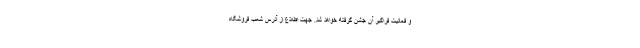
و فعالیت فراگیر آن جشن گرفته خواهد شد. جهت اطلاع از آدرس شعب فروشگاه